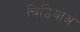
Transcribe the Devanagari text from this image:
चिडियाअं